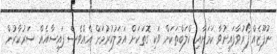
ނުފޫޒެއް ފޯރުވާފައިނުވާ ކަމަށާއި ކްލަބްތަކަށް ވަކި ގޮތަކަށް އަމަލުކުރުމަށް އެއްވެސް ފައިސާއެއް ސަރުކާރުން